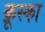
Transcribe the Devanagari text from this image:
क्रूस्का